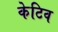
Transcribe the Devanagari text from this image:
केटिव